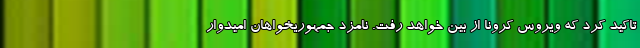
تاکید کرد که ویروس کرونا از بین خواهد رفت. نامزد جمهوریخواهان امیدوار